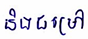
និងជម្រៅ